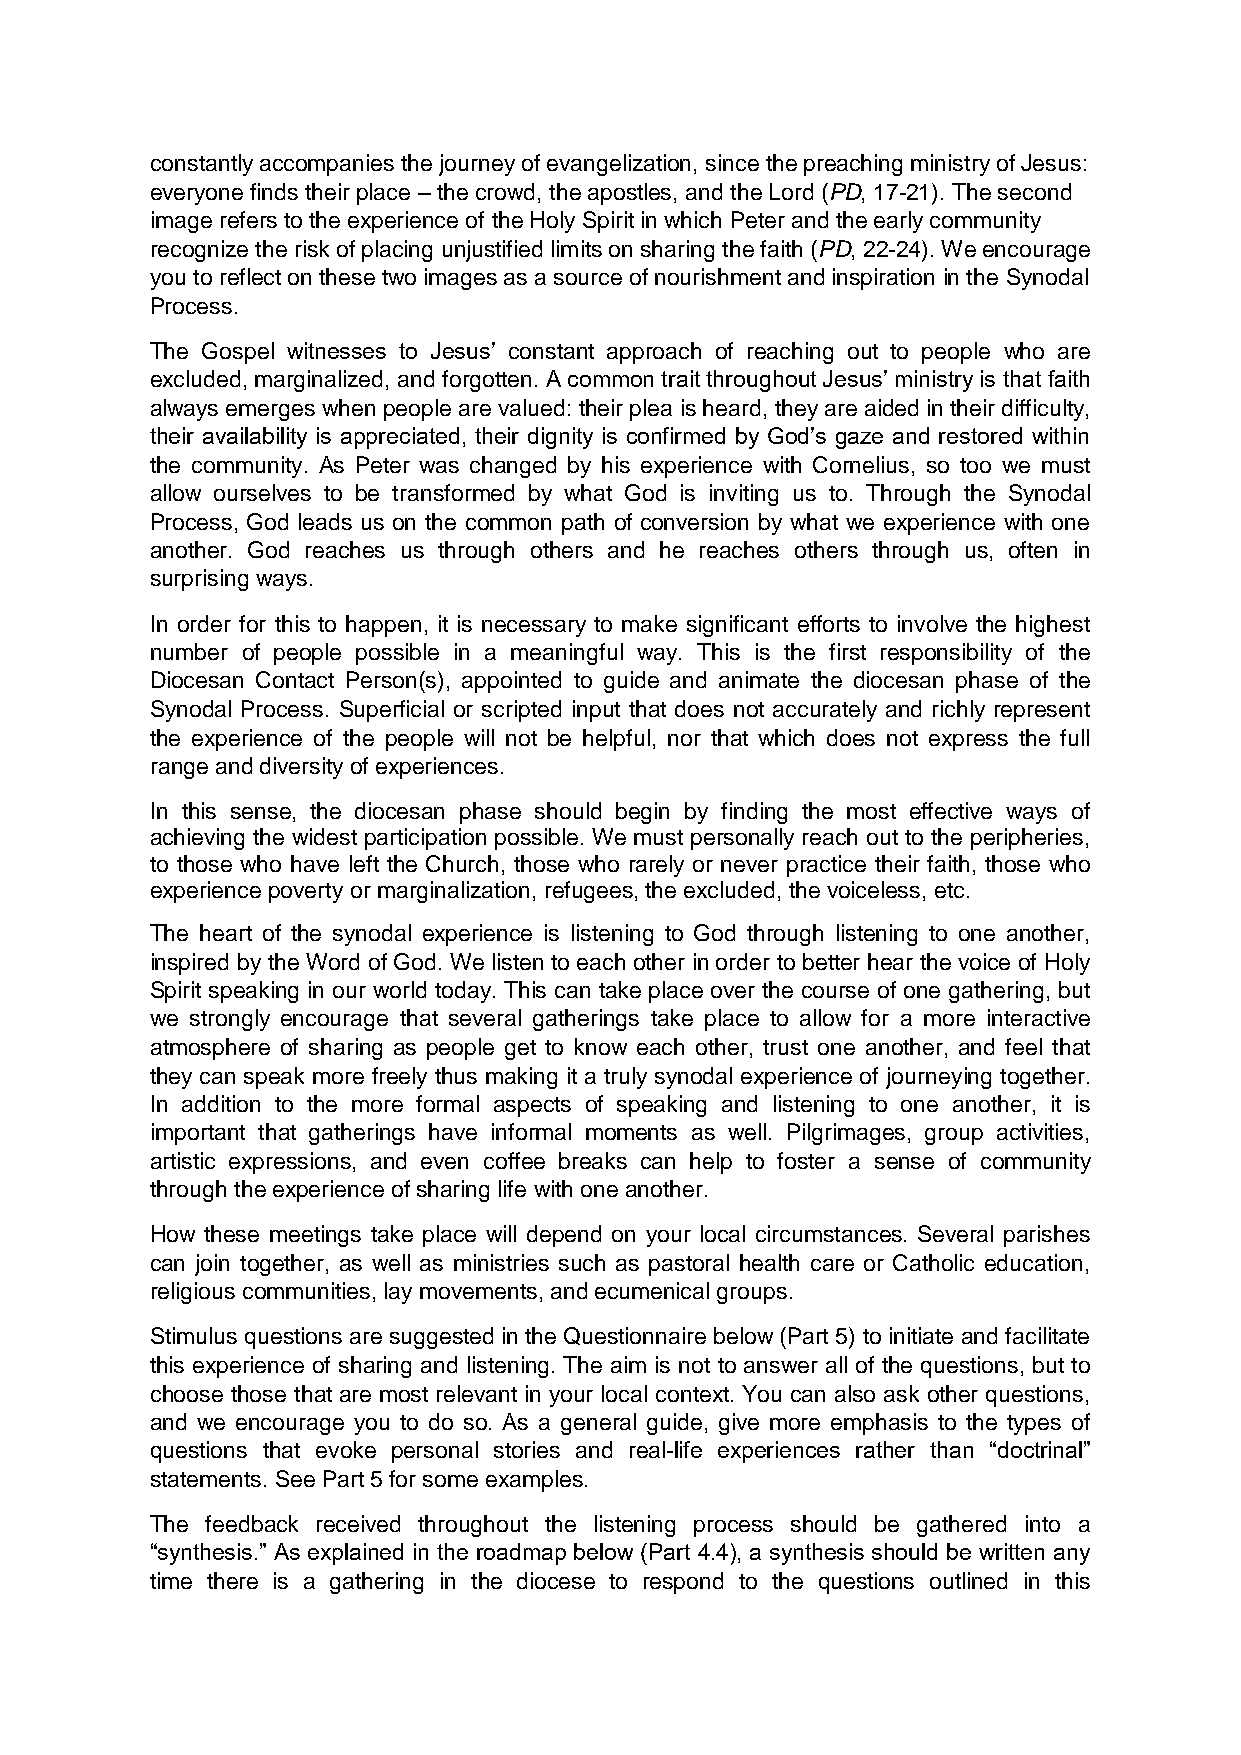
constantly accompanies the journey of evangelization, since the preaching ministry of Jesus:
 everyone finds their place – the crowd, the apostles, and the Lord (PD, 17-21). The second
 image refers to the experience of the Holy Spirit in which Peter and the early community
 recognize the risk of placing unjustified limits on sharing the faith (PD, 22-24). We encourage
 you to reflect on these two images as a source of nourishment and inspiration in the Synodal
 Process.
 The Gospel witnesses to Jesus’ constant approach of reaching out to people who are
 excluded, marginalized, and forgotten. A common trait throughout Jesus’ ministry is that faith
 always emerges when people are valued: their plea is heard, they are aided in their difficulty,
 their availability is appreciated, their dignity is confirmed by God’s gaze and restored within
 the community. As Peter was changed by his experience with Cornelius, so too we must
 allow ourselves to be transformed by what God is inviting us to. Through the Synodal
 Process, God leads us on the common path of conversion by what we experience with one
 another. God reaches us through others and he reaches others through us, often in
 surprising ways.
 In order for this to happen, it is necessary to make significant efforts to involve the highest
 number of people possible in a meaningful way. This is the first responsibility of the
 Diocesan Contact Person(s), appointed to guide and animate the diocesan phase of the
 Synodal Process. Superficial or scripted input that does not accurately and richly represent
 the experience of the people will not be helpful, nor that which does not express the full
 range and diversity of experiences.
 In this sense, the diocesan phase should begin by finding the most effective ways of
 achieving the widest participation possible. We must personally reach out to the peripheries,
 to those who have left the Church, those who rarely or never practice their faith, those who
 experience poverty or marginalization, refugees, the excluded, the voiceless, etc.
 The heart of the synodal experience is listening to God through listening to one another,
 inspired by the Word of God. We listen to each other in order to better hear the voice of Holy
 Spirit speaking in our world today. This can take place over the course of one gathering, but
 we strongly encourage that several gatherings take place to allow for a more interactive
 atmosphere of sharing as people get to know each other, trust one another, and feel that
 they can speak more freely thus making it a truly synodal experience of journeying together.
 In addition to the more formal aspects of speaking and listening to one another, it is
 important that gatherings have informal moments as well. Pilgrimages, group activities,
 artistic expressions, and even coffee breaks can help to foster a sense of community
 through the experience of sharing life with one another.
 How these meetings take place will depend on your local circumstances. Several parishes
 can join together, as well as ministries such as pastoral health care or Catholic education,
 religious communities, lay movements, and ecumenical groups.
 Stimulus questions are suggested in the Questionnaire below (Part 5) to initiate and facilitate
 this experience of sharing and listening. The aim is not to answer all of the questions, but to
 choose those that are most relevant in your local context. You can also ask other questions,
 and we encourage you to do so. As a general guide, give more emphasis to the types of
 questions that evoke personal stories and real-life experiences rather than “doctrinal”
 statements. See Part 5 for some examples.
 The feedback received throughout the listening process should be gathered into a
 “synthesis.” As explained in the roadmap below (Part 4.4), a synthesis should be written any
 time there is a gathering in the diocese to respond to the questions outlined in this